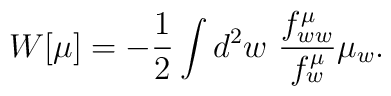
W[\mu] = - {1\over 2} \int d^2w\,\, {f^\mu_{ww}\over f^\mu_w} \mu_w.